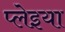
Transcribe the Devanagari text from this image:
प्लेइया